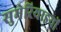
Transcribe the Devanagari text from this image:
सुमेरियाइयों